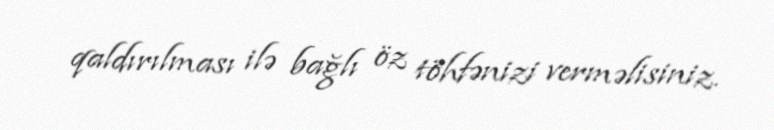
qaldırılması ilə bağlı öz töhfənizi verməlisiniz.